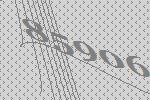
85906